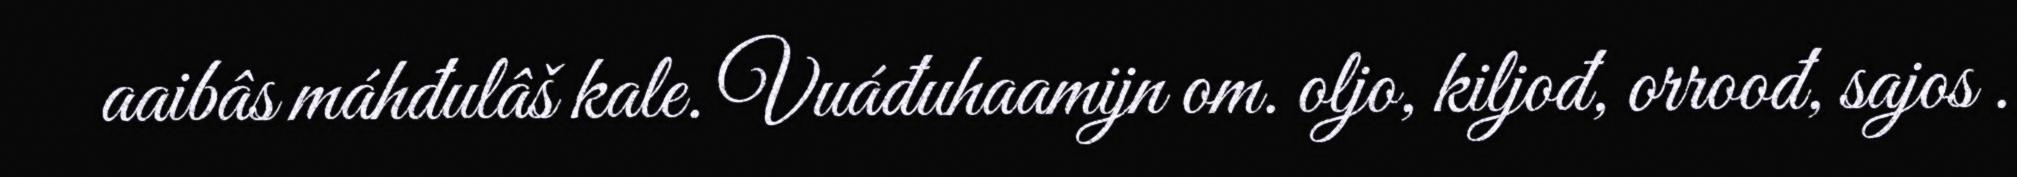
aaibâs máhđulâš kale. Vuáđuhaamijn om. oljo, kiljođ, orroođ, sajos .